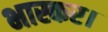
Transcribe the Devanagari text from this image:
भास्कर।